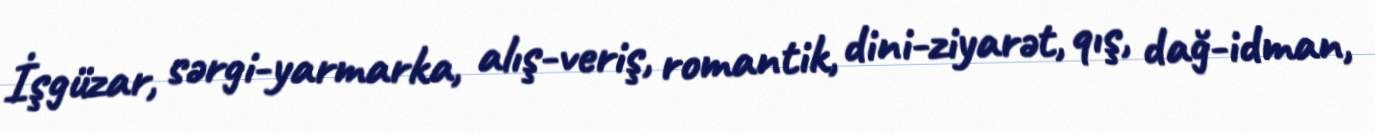
İşgüzar, sərgi-yarmarka, alış-veriş, romantik, dini-ziyarət, qış, dağ-idman,